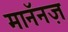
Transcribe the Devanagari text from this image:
मानॅनज़